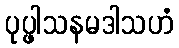
ပုပ္ဖါသနမဒါသဟံ